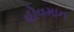
હોવમાન